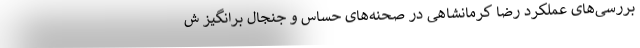
بررسی‌های عملکرد رضا کرمانشاهی در صحنه‌های حساس و جنجال برانگیز ش